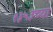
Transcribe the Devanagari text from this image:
१३५३च्या